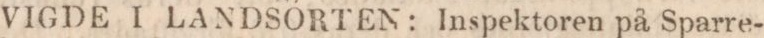
VIGDE I LANDSORTEN: Inspektoren på Sparre-